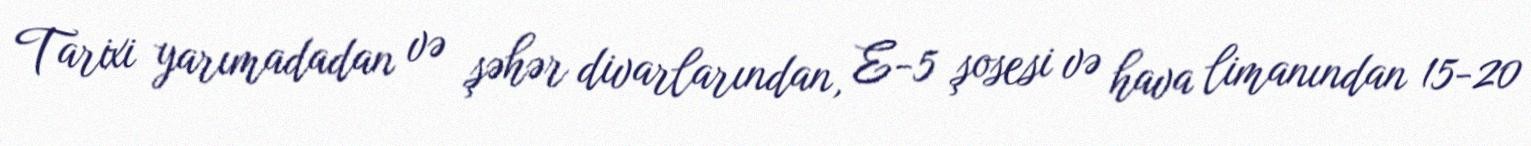
Tarixi yarımadadan və şəhər divarlarından, E-5 şosesi və hava limanından 15-20